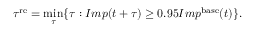
\tau ^ { \mathrm { r e } } = \operatorname* { m i n } _ { \tau } \{ \tau : I m p ( t + \tau ) \geq 0 . 9 5 I m p ^ { \mathrm { b a s e } } ( t ) \} .